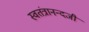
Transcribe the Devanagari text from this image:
स्वतंत्रानन्दजी